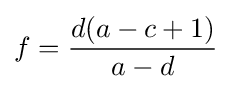
f={\frac {d(a-c+1)}{a-d}}